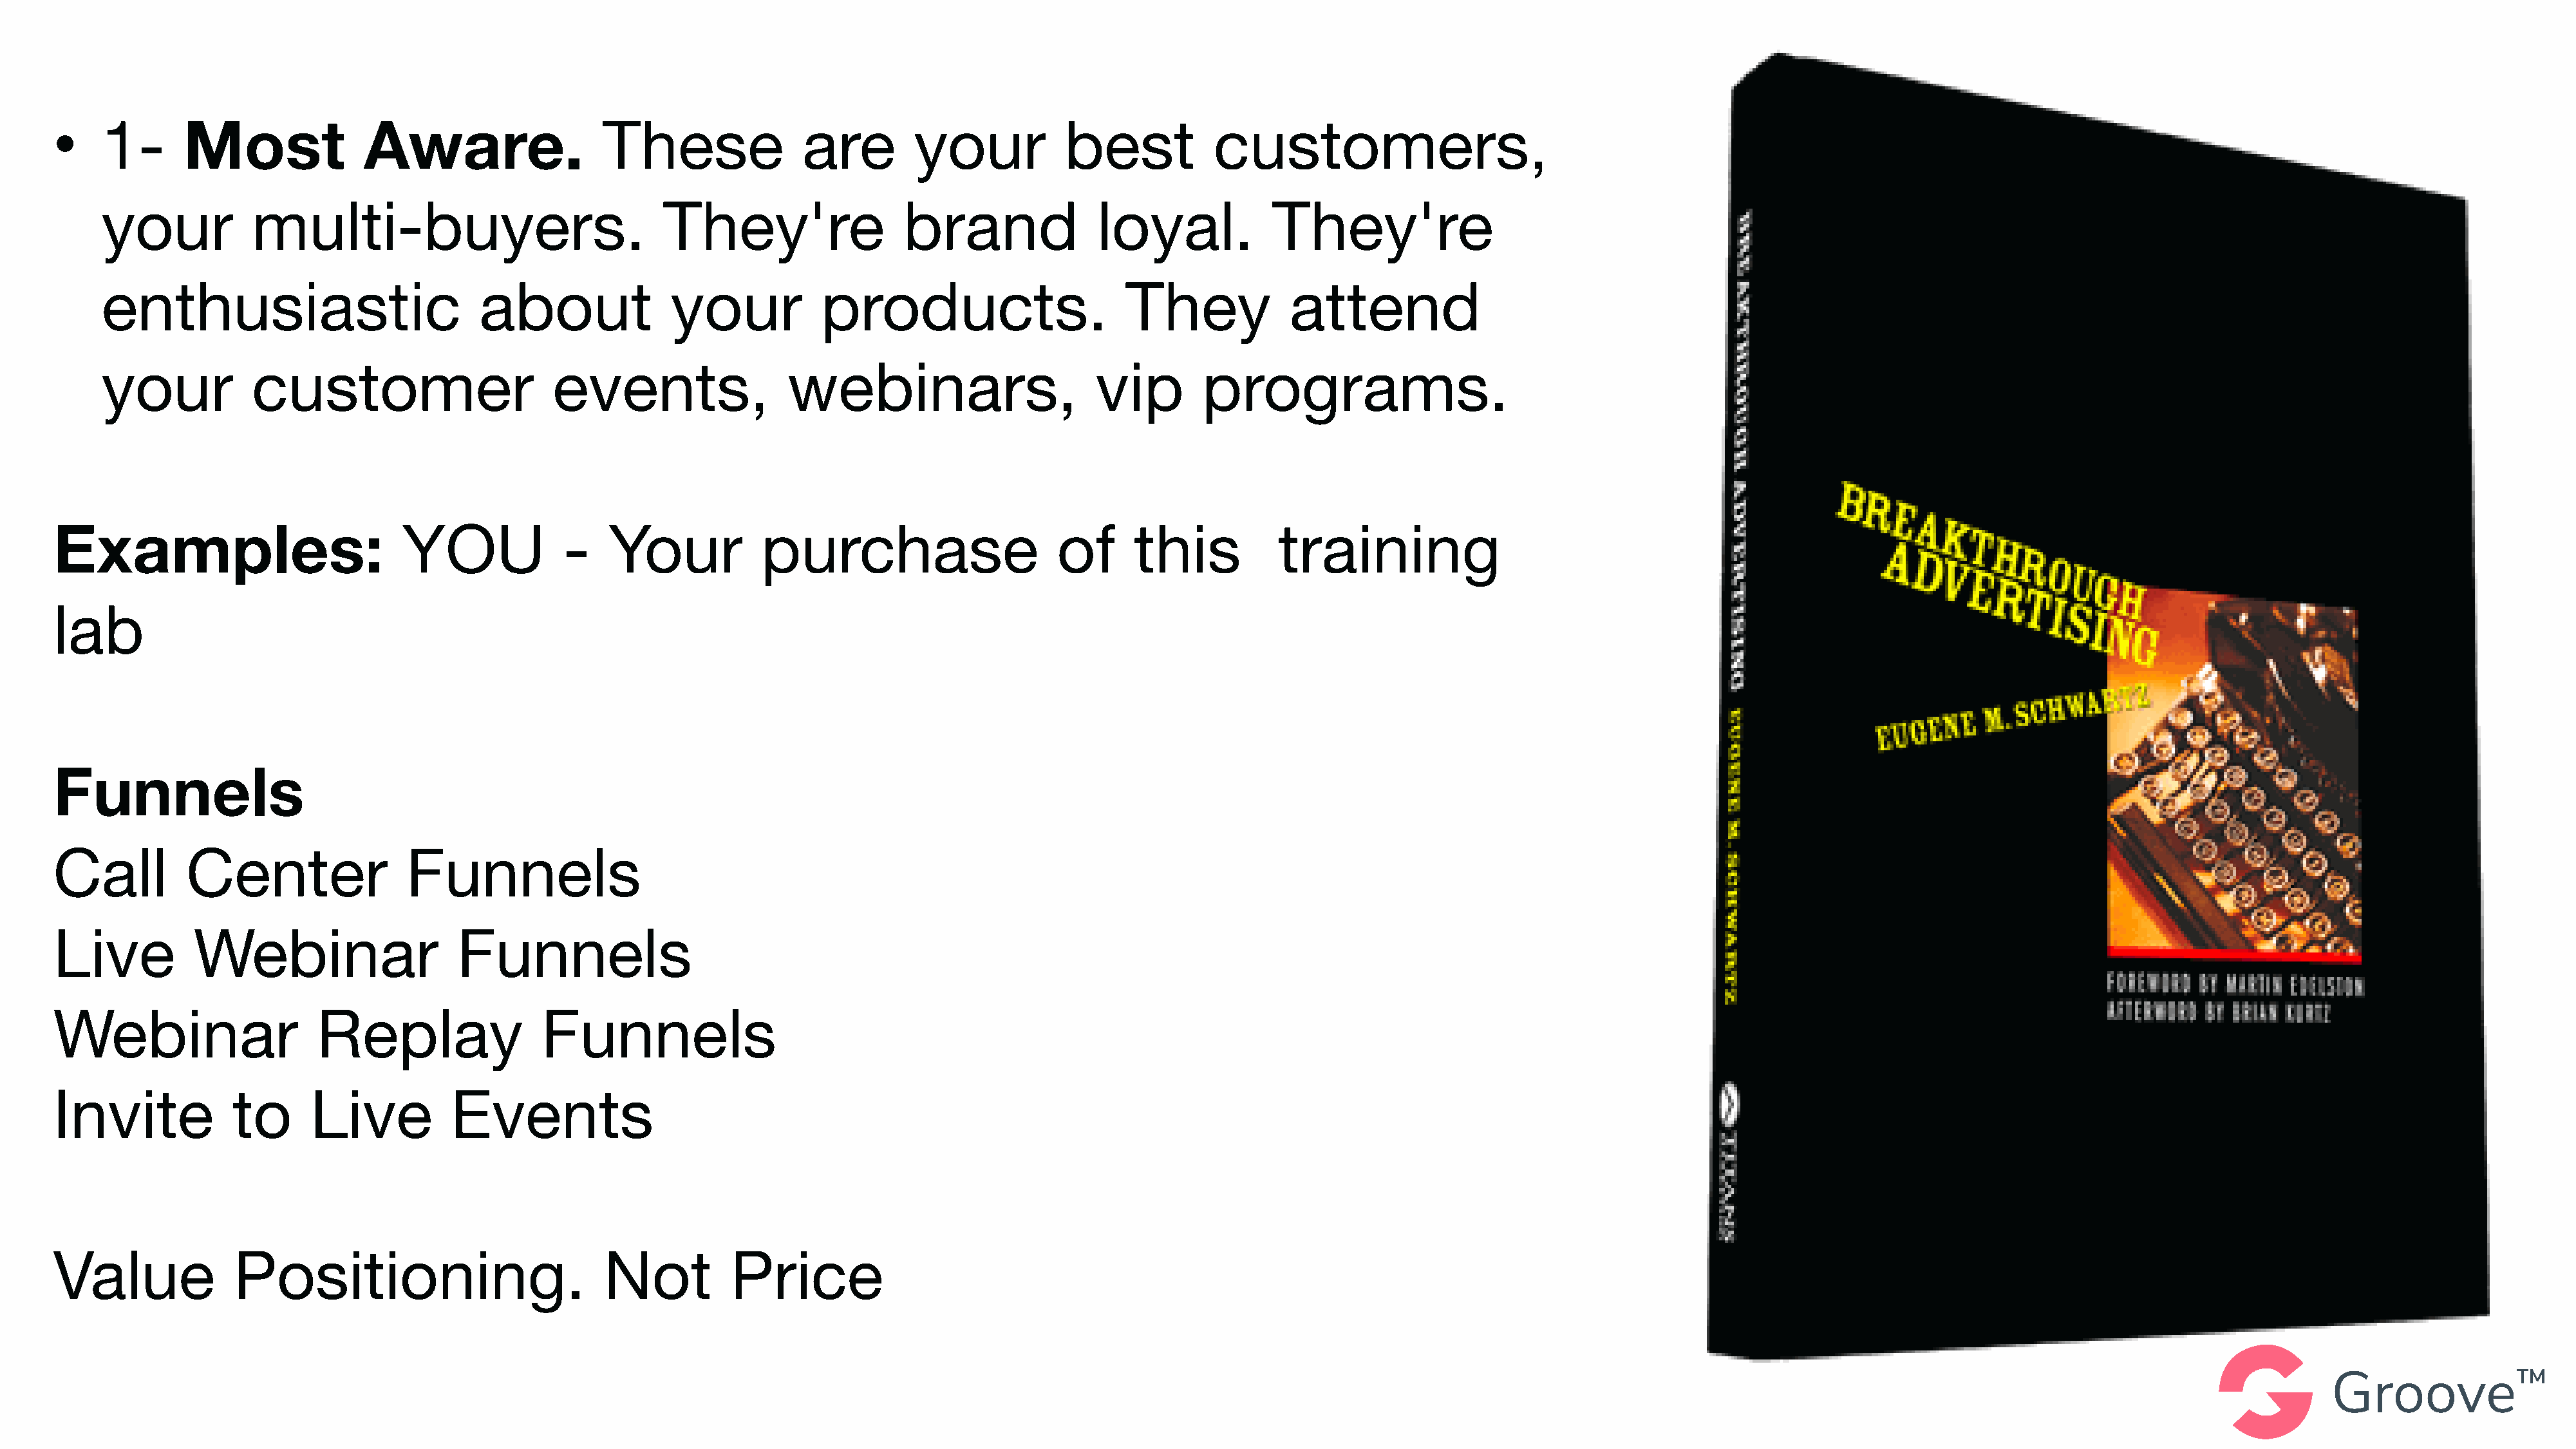
•    1-       Most              Aware.                   These               are         your           best            customers,
 your            multi-buyers.                             They're                  brand               loyal.            They're
 enthusiastic                           about               your           products.                       They             attend
 your            customer                       events,                 webinars,                       vip        programs.
 Examples:                           YOU              -    Your           purchase                       of      this          training
 lab
 Funnels
 Call          Center                 Funnels
 Live           Webinar                    Funnels
 Webinar                     Replay                 Funnels
 Invite             to      Live          Events
 Value              Positioning.                          Not          Price